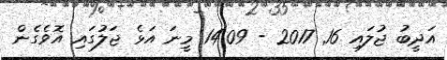
އަދީބު ޖުލައި 16